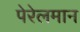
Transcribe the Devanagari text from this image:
पेरेलमान